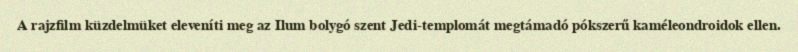
A rajzfilm küzdelmüket eleveníti meg az Ilum bolygó szent Jedi-templomát megtámadó pókszerű kaméleondroidok ellen.